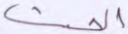
الحث